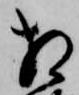
相